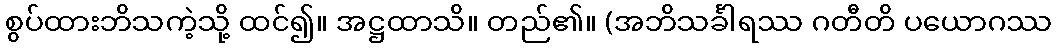
စွပ်ထားဘိသကဲ့သို့ ထင်၍။ အဋ္ဌထာသိ။ တည်၏။ (အဘိသင်္ခါရဿ ဂတီတိ ပယောဂဿ